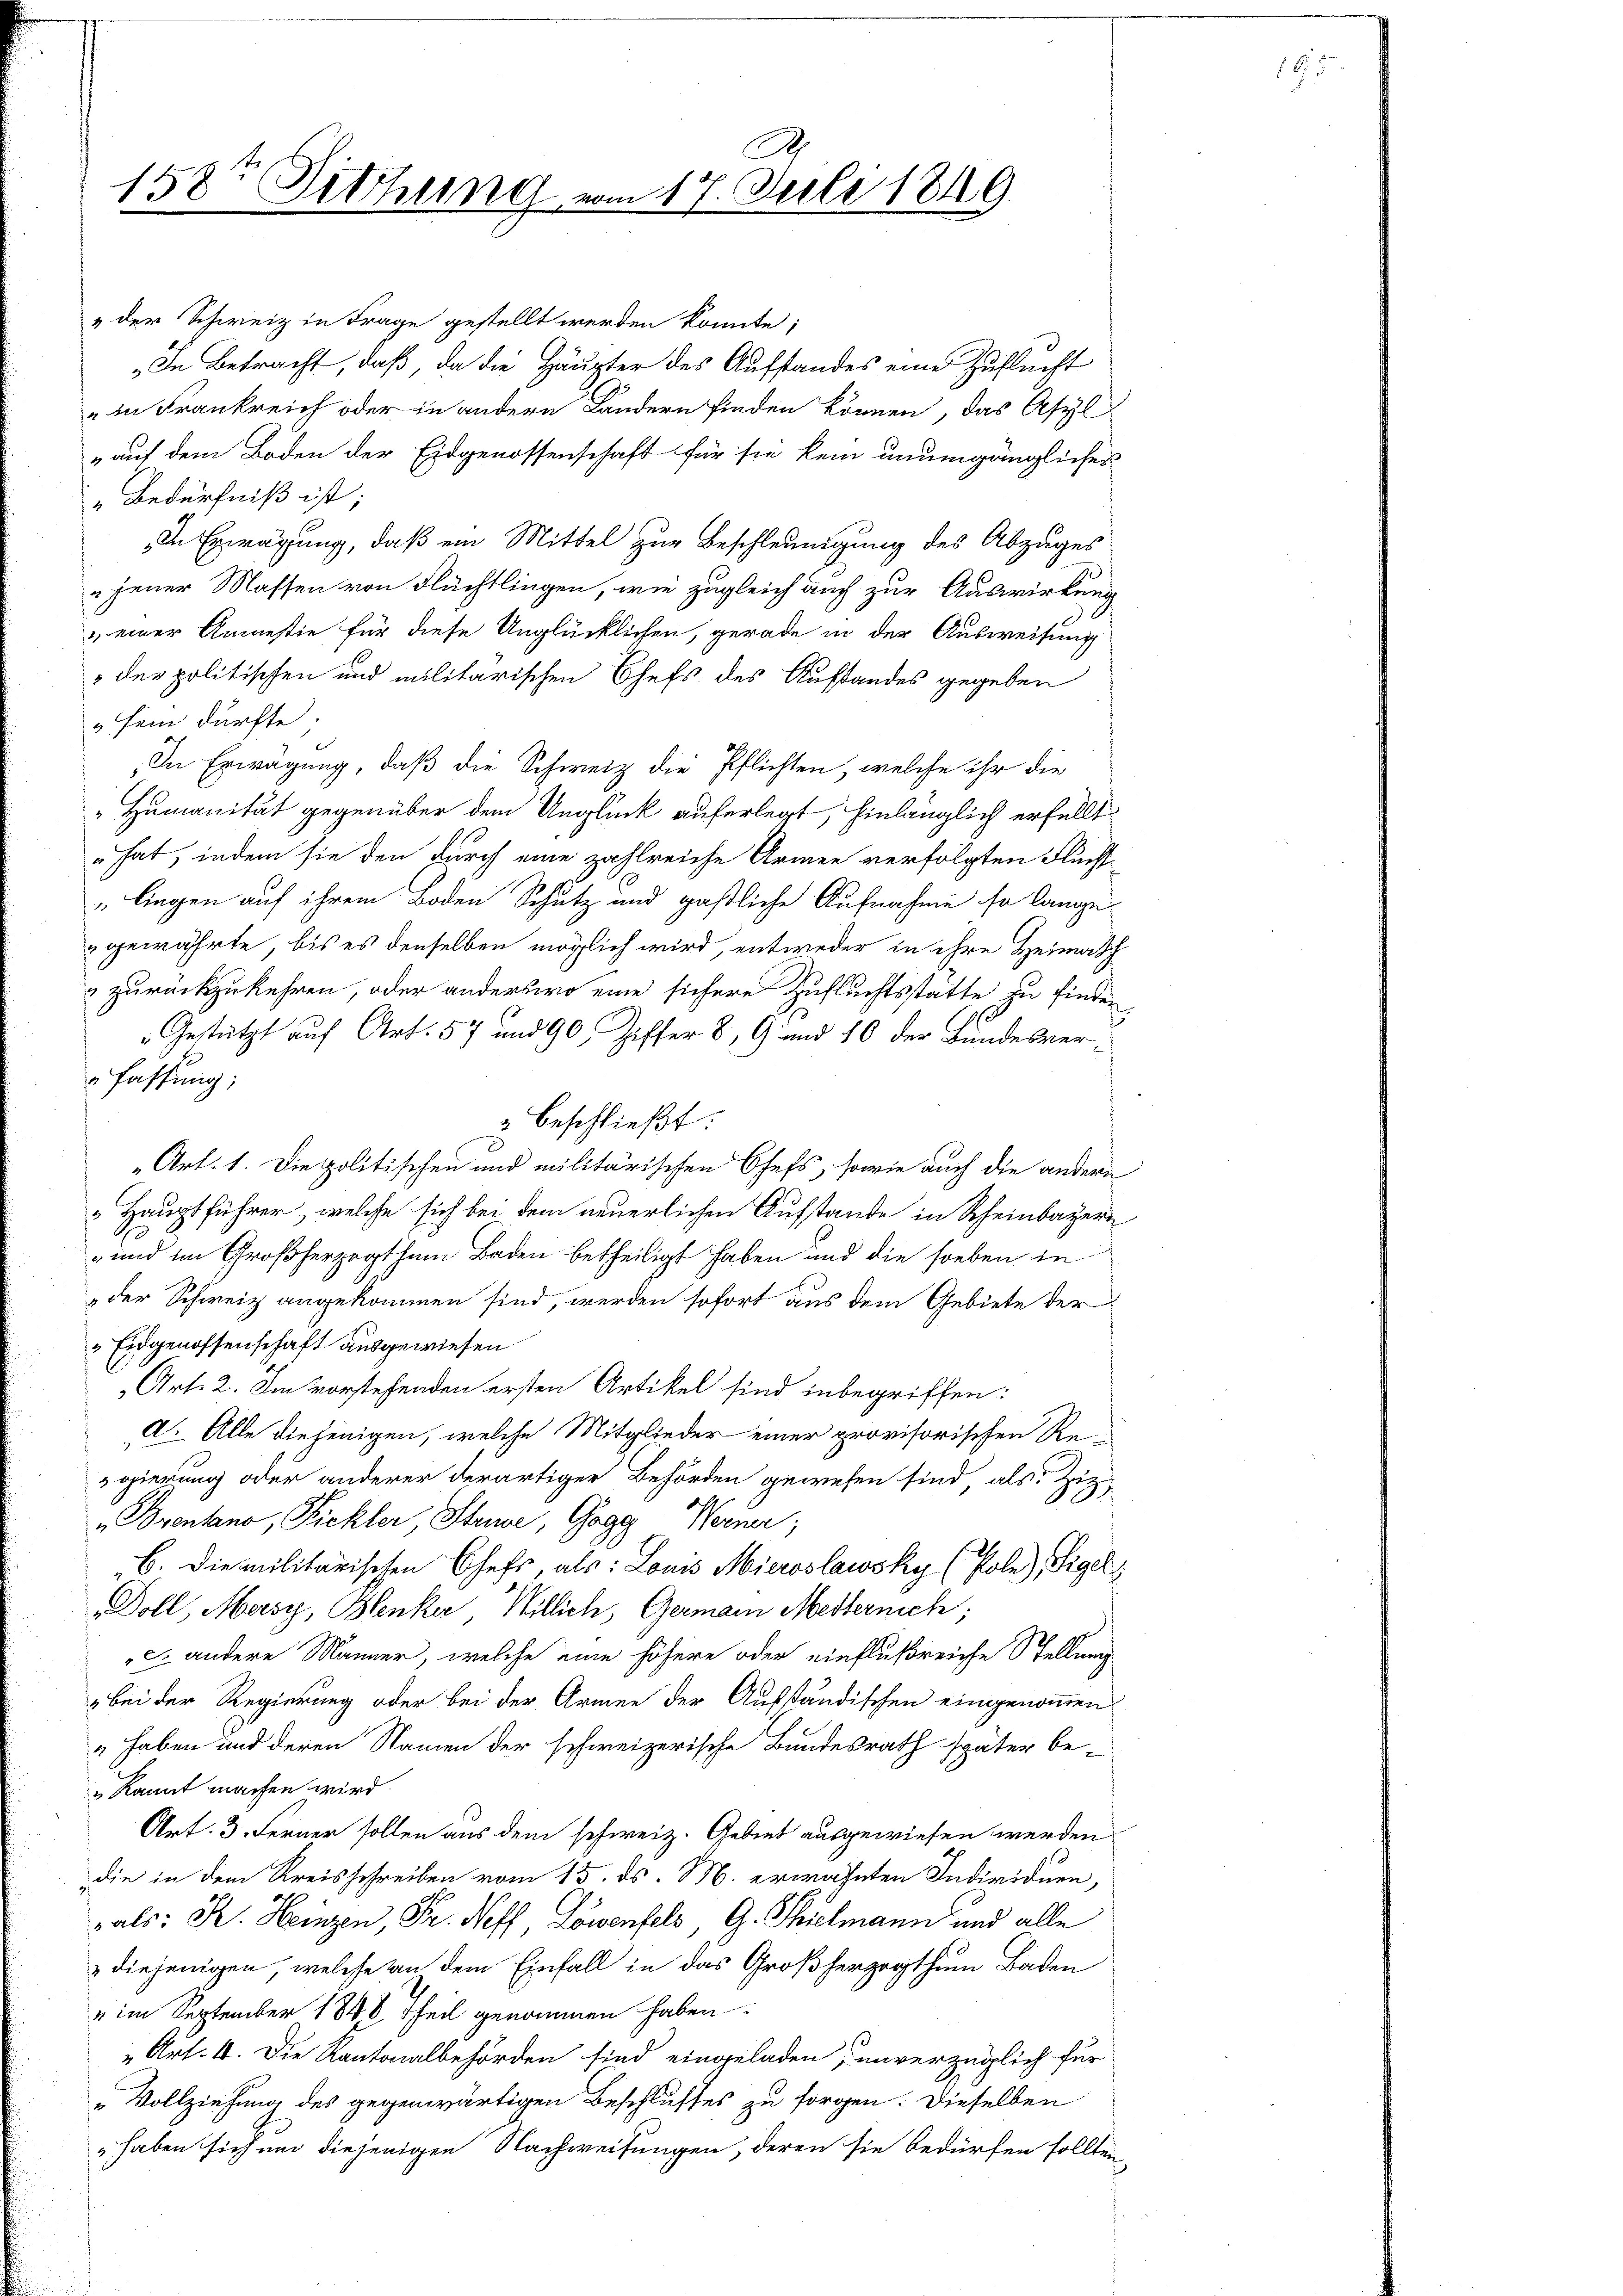
158te Sitzung vom 17. Juli 1849.

A

" der Schweiz in Frage gestellt werden könnte;
„In Betracht, daß, da die Häupter des Aufstandes eine Zuflucht
in Frankreich oder in andern Ländern finden können, das Asyl
„auf dem Boden der Eidgenossenschaft für sie kein unumgängliches
"Bedürfniß ist;
In Erwägung, daß ein Mittel zur Beschleunigung des Abzuges
jener Massen von Flüchtlingen, wie zugleich auch zur Auswirkung
 einer Angestie für diese Unglücklichen, gerade in der Ausweisung
" der politischen und militarischen Chefs des Ausstandes gegeben
sein dürfte.
In Erwägung, daß die Schweiz die Pflichten, welche ihr die
"Humanität gegenüber dem Unglück auferlegt, hinlänglich erfüllt
" hat, indem sie den durch eine zahlreiche Armee verfolgten Fluchs
„liegen auf ihrem Boden Schutz und paßliche Aufnahme so lange-
gewährte, bis es denselben möglich wird, entweder in ihre Heimath
" zurückzukehren, oder anderswo eine sichere Zufluchtsstatte zu finden
Gestützt auf Art. 57 und 90 Ziffer 8, 9 und 10 der Bundesverfassung;
2 beschließt:
„Art. 1. Die politischen und militärischen Chefs, sowie auch die andere
Hauptführer, welche sich bei dem neuerlichen Aufstande in Rheinbayern
und im Großherzogthum Baden betheiligt haben und die soeben in
„der Schweiz angekommen sind, werden sofort aus dem Gebiete der
 Eidgenossenschaft ausgewiesen
Art. 2. Am vorstehenden ersten Artikel sind inbegriffen:
a. Alle diejenigen, welche Mitglieder einer provisorischen Re-
gierung oder anderer derartiger Behörden gewesen sind, als Ziz
„Brentano, Pickler Stuwe, Gogg Werner;
B. Die militärischen Chefs, als: Louis Mieroslawsky (Pole), Sigel
Doll, Mersy, Blenker, Willich, Germann Mesternich;
c. andere Männer, welche eine höhere oder einflußreiche Stellung
bei der Regierung oder bei der Armee der Aufständischen eingenommen
" haben und deren Namen der schweizerische Bundesrath später be-
" kannt machen wird.
Art. 3. Ferner sollen aus dem schweiz. Gebiet ausgewiesen werden
die in dem Kreisschreiben vom 15. ds. M. erwähnten Individuen,
als: K. Heinzen, Fr. Neff Löwenfels, G. Thielmann und alle
diejenigen, welche an dem Einfall in das Großherzogthum Baden
" im September 1848 Theil genommen haben:
„Art. 4. Die Kantonalbehörden sind eingeladen, unverzüglich für
„Vollziehung des gegenwärtigen Beschlusses zu sorgen. Dieselben
„haben sich und diejenigen Nachweisungen, deren sie bedürfen sollten